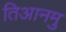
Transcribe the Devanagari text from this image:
तिआनमु